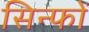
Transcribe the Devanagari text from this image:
सिन्फों